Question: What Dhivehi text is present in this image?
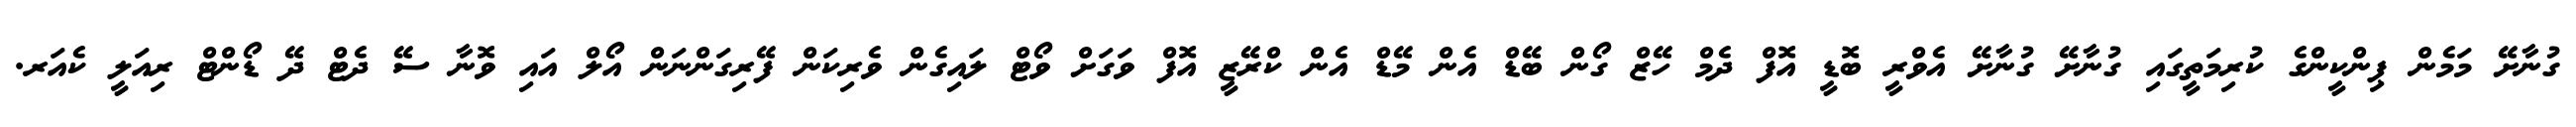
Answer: ގުނާށޭ މަމެން ޕިންކީންގެ ކުރިމަތީގައި ގުނާށޭ ގުނާށޭ އެވްރީ ބޮޑީ އޮފް ދެމް ހޭޒް ގޯން ބޭޑް އެން މޭޑް އެން ކްރޭޒީ އޮފް ވަގަށް ވޯޓް ލައިގެން ވެރިކަން ފޭރިގަންނަން އޯލް އައި ވޮނާ ސޭ ދެޓް ދޭ ޑޯންޓް ރިއަލީ ކެއަރ.